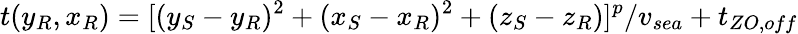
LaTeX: t(y_{R},x_{R})=[(y_{S}-y_{R})^{2}+(x_{S}-x_{R})^{2}+(z_{S}-z_{R})]^{p}/v_{sea}+t_{ZO,off}